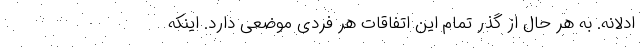
ادلانه. به هر حال از گذر تمام این اتفاقات هر فردی موضعی دارد. اینکه